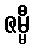
ဇမ္မီ